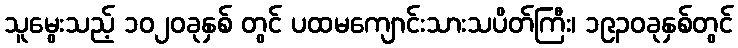
သူမွေးသည့် ၁၀၂၀ခုနှစ် တွင် ပထမကျောင်းသားသပိတ်ကြီး၊ ၁၉၃၀ခုနှစ်တွင်